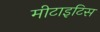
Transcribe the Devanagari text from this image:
मीटाइटिस